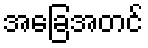
အခြေအတင်